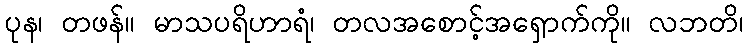
ပုန၊ တဖန်။ မာသပရိဟာရံ၊ တလအစောင့်အရှောက်ကို။ လဘတိ၊